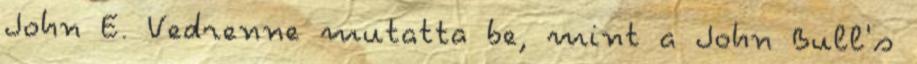
John E. Vedrenne mutatta be, mint a John Bull's